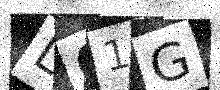
Text: L61G